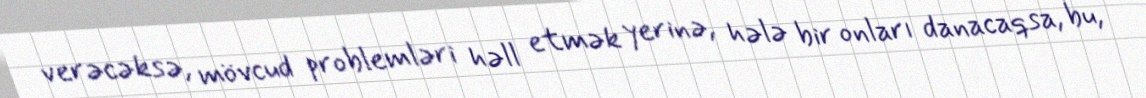
verəcəksə, mövcud problemləri həll etmək yerinə, hələ bir onları danacaqsa, bu,